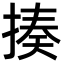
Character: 揍